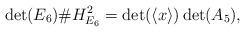
\begin{align*}\det(E_6) \# H_{E_6}^2 = \det(\langle x \rangle) \det(A_5),\end{align*}